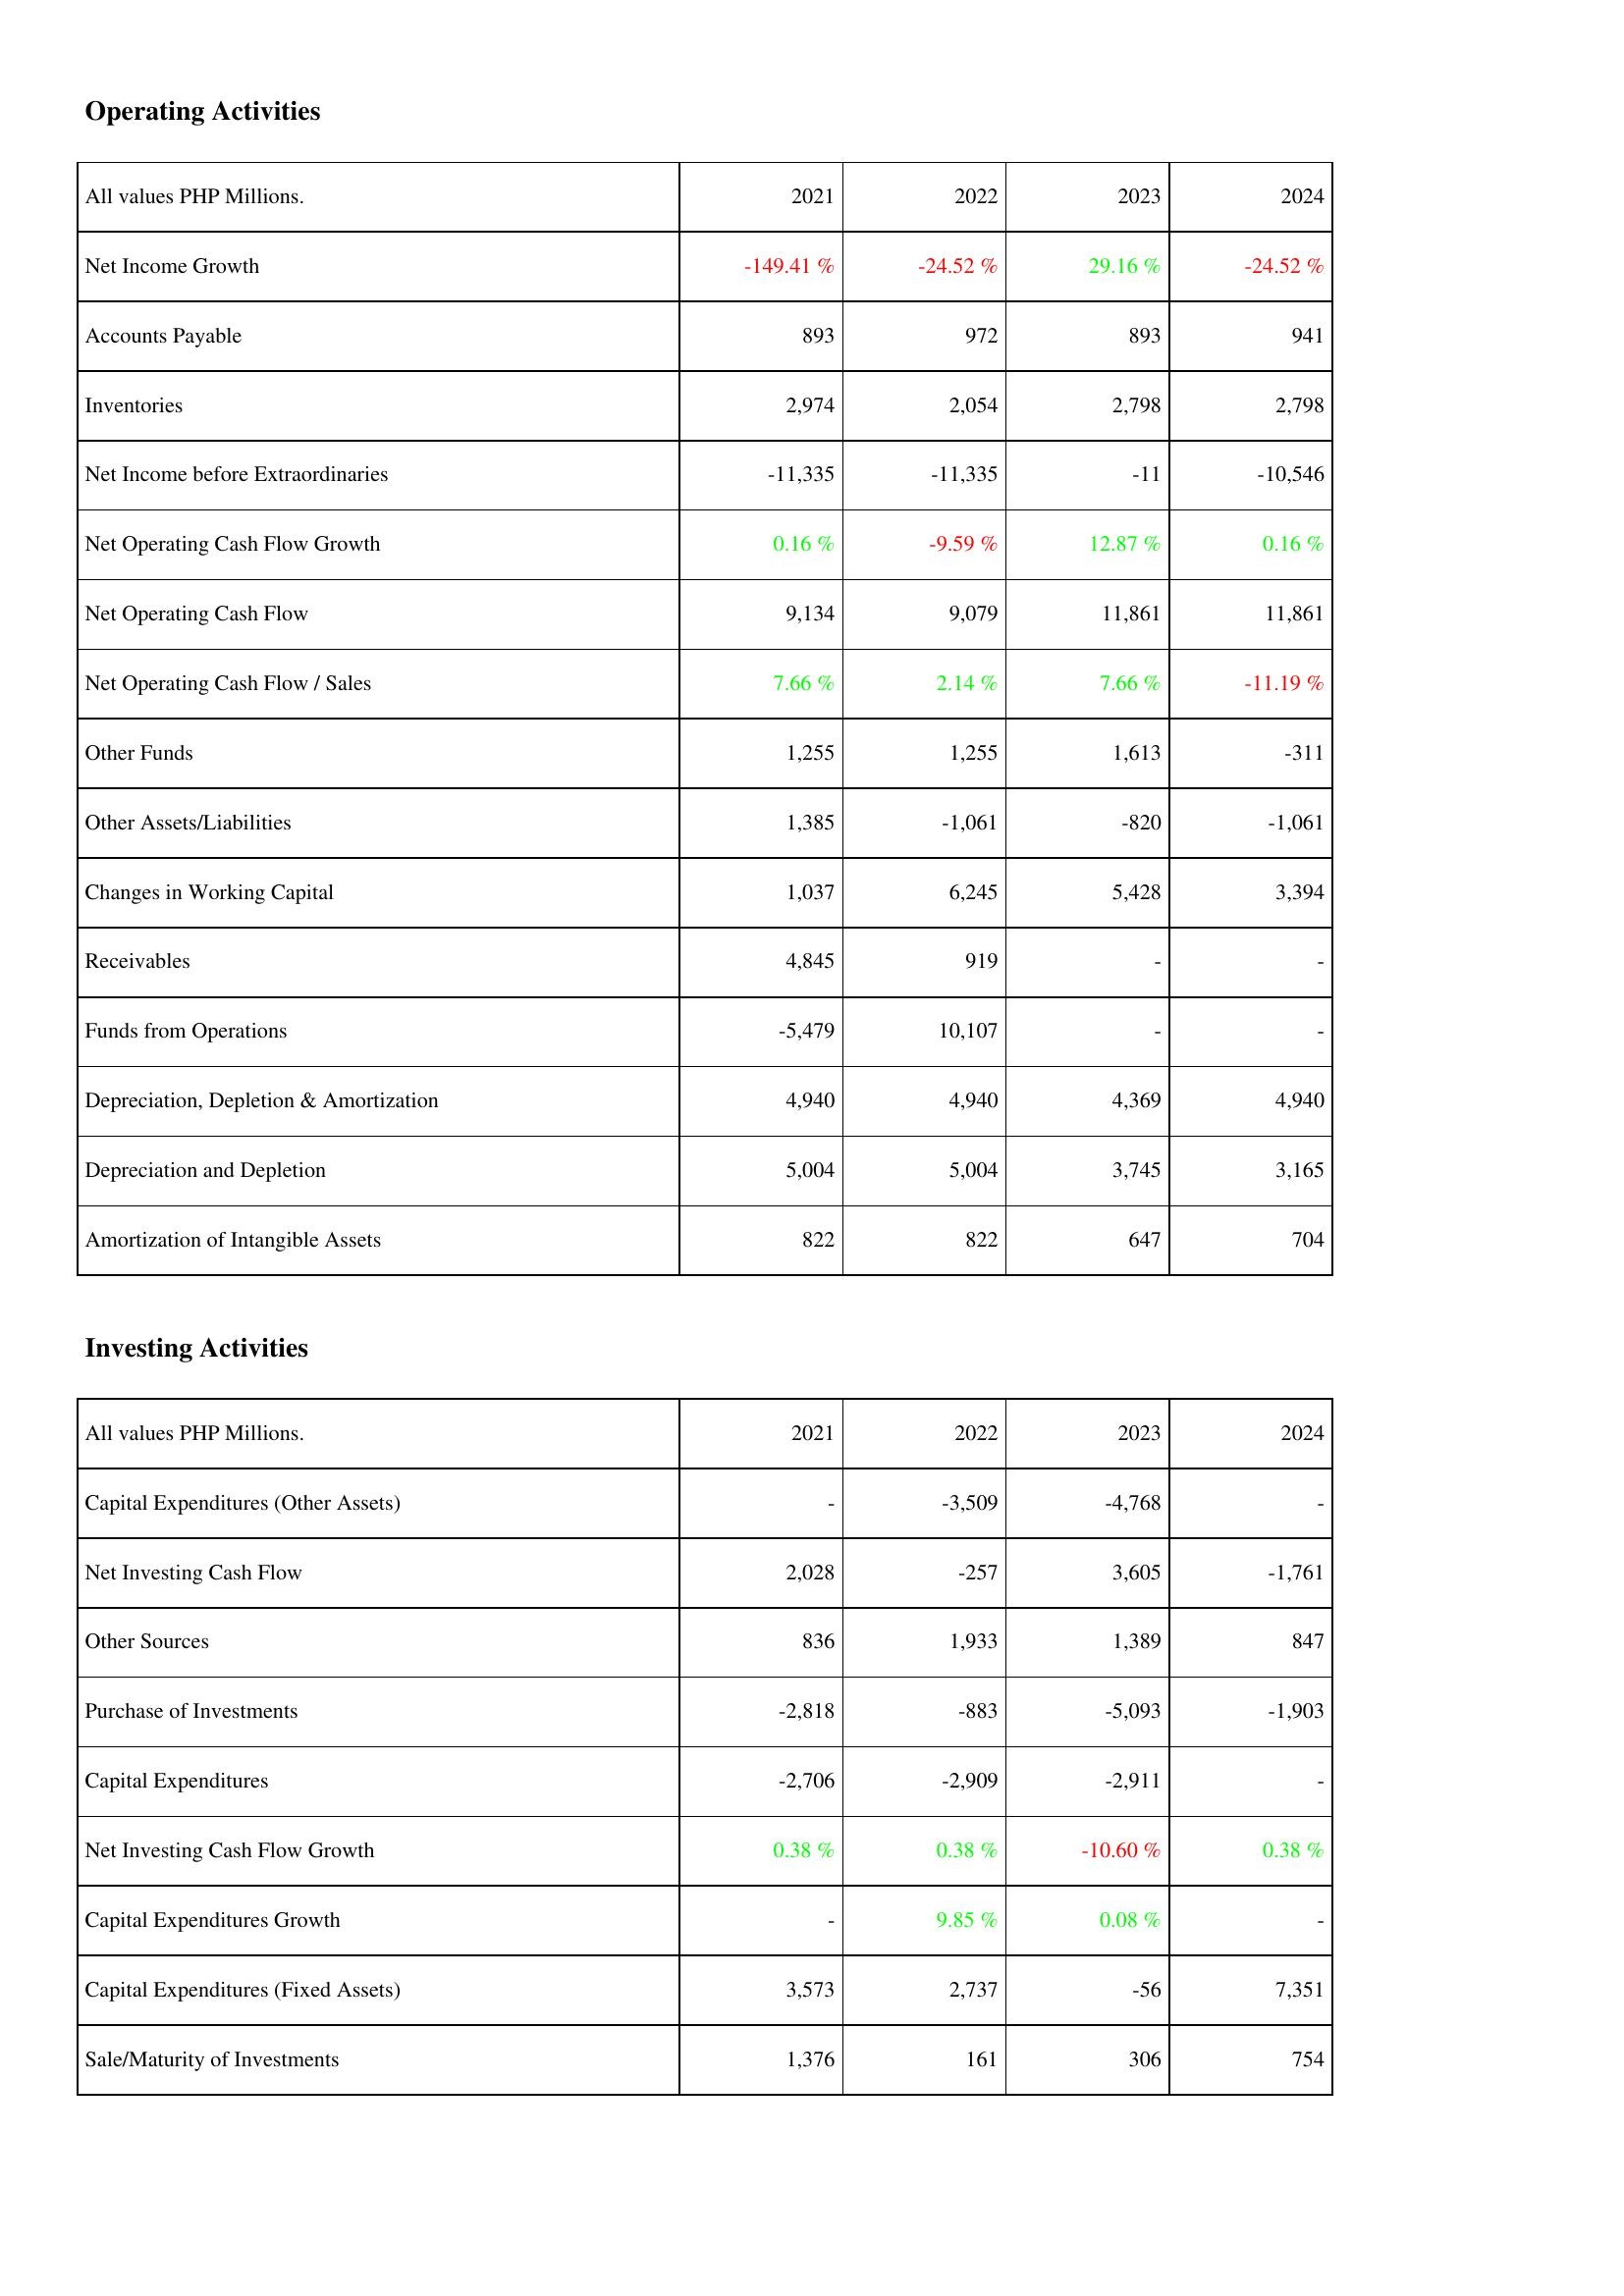
2021: Operating Activities: Net Income Growth: -149.41 %
Accounts Payable: 893
Inventories: 2,974
Net Income before Extraordinaries: -11,335
Net Operating Cash Flow Growth: 0.16 %
Net Operating Cash Flow: 9,134
Net Operating Cash Flow / Sales: 7.66 %
Other Funds: 1,255
Other Assets/Liabilities: 1,385
Changes in Working Capital: 1,037
Receivables: 4,845
Funds from Operations: -5,479
Depreciation, Depletion & Amortization: 4,940
Depreciation and Depletion: 5,004
Amortization of Intangible Assets: 822
Investing Activities: Capital Expenditures (Other Assets): -
Net Investing Cash Flow: 2,028
Other Sources: 836
Purchase of Investments: -2,818
Capital Expenditures: -2,706
Net Investing Cash Flow Growth: 0.38 %
Capital Expenditures Growth: -
Capital Expenditures (Fixed Assets): 3,573
Sale/Maturity of Investments: 1,376
2022: Operating Activities: Net Income Growth: -24.52 %
Accounts Payable: 972
Inventories: 2,054
Net Income before Extraordinaries: -11,335
Net Operating Cash Flow Growth: -9.59 %
Net Operating Cash Flow: 9,079
Net Operating Cash Flow / Sales: 2.14 %
Other Funds: 1,255
Other Assets/Liabilities: -1,061
Changes in Working Capital: 6,245
Receivables: 919
Funds from Operations: 10,107
Depreciation, Depletion & Amortization: 4,940
Depreciation and Depletion: 5,004
Amortization of Intangible Assets: 822
Investing Activities: Capital Expenditures (Other Assets): -3,509
Net Investing Cash Flow: -257
Other Sources: 1,933
Purchase of Investments: -883
Capital Expenditures: -2,909
Net Investing Cash Flow Growth: 0.38 %
Capital Expenditures Growth: 9.85 %
Capital Expenditures (Fixed Assets): 2,737
Sale/Maturity of Investments: 161
2023: Operating Activities: Net Income Growth: 29.16 %
Accounts Payable: 893
Inventories: 2,798
Net Income before Extraordinaries: -11
Net Operating Cash Flow Growth: 12.87 %
Net Operating Cash Flow: 11,861
Net Operating Cash Flow / Sales: 7.66 %
Other Funds: 1,613
Other Assets/Liabilities: -820
Changes in Working Capital: 5,428
Receivables: -
Funds from Operations: -
Depreciation, Depletion & Amortization: 4,369
Depreciation and Depletion: 3,745
Amortization of Intangible Assets: 647
Investing Activities: Capital Expenditures (Other Assets): -4,768
Net Investing Cash Flow: 3,605
Other Sources: 1,389
Purchase of Investments: -5,093
Capital Expenditures: -2,911
Net Investing Cash Flow Growth: -10.60 %
Capital Expenditures Growth: 0.08 %
Capital Expenditures (Fixed Assets): -56
Sale/Maturity of Investments: 306
2024: Operating Activities: Net Income Growth: -24.52 %
Accounts Payable: 941
Inventories: 2,798
Net Income before Extraordinaries: -10,546
Net Operating Cash Flow Growth: 0.16 %
Net Operating Cash Flow: 11,861
Net Operating Cash Flow / Sales: -11.19 %
Other Funds: -311
Other Assets/Liabilities: -1,061
Changes in Working Capital: 3,394
Receivables: -
Funds from Operations: -
Depreciation, Depletion & Amortization: 4,940
Depreciation and Depletion: 3,165
Amortization of Intangible Assets: 704
Investing Activities: Capital Expenditures (Other Assets): -
Net Investing Cash Flow: -1,761
Other Sources: 847
Purchase of Investments: -1,903
Capital Expenditures: -
Net Investing Cash Flow Growth: 0.38 %
Capital Expenditures Growth: -
Capital Expenditures (Fixed Assets): 7,351
Sale/Maturity of Investments: 754